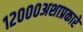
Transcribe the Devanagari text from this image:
१२०००अशाप्रकारे